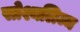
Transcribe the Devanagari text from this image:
सोश्यलिज्म